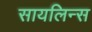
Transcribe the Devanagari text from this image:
सायलिन्स